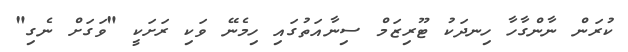
ކުރަން ނާންގާހާ ހިނދަކު ޓޫރިޒަމް ސިނާއަތުގައި ހިމެނޭ ވަކި ރަށަކީ "ވަގަށް ނެގި"